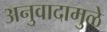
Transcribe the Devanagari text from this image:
अनुवादामुळे